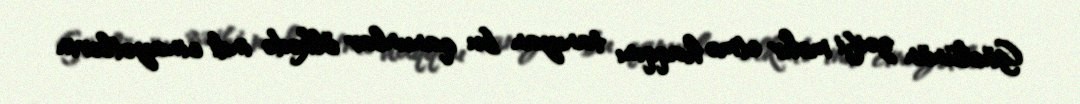
Güclünün zəifi məhv etmə haqqını tanıyan bu qanunlar ölkədə indi cinayətlərin